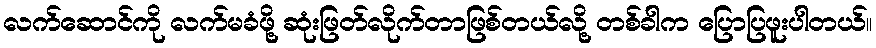
လက်ဆောင်ကို လက်မခံဖို့ ဆုံးဖြတ်လိုက်တာဖြစ်တယ်လို့ တစ်ခါက ပြောပြဖူးပါတယ်။